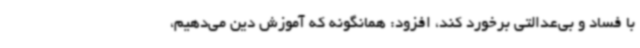
با فساد و بی‌عدالتی برخورد کند، افزود: همانگونه که آموزش دین می‌دهیم،